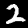
Label: 2